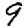
Digit: 9